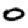
Digit: 0